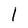
Character: l